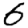
Digit: 6